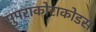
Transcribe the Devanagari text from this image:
सुपराकोराकोडस